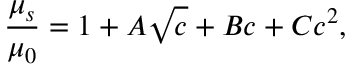
{ \frac { \mu _ { s } } { \mu _ { 0 } } } = 1 + A { \sqrt { c } } + B c + C c ^ { 2 } ,